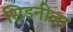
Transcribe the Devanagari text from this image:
सिडनीला